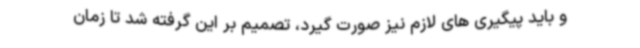
و باید پیگیری های لازم نیز صورت گیرد، تصمیم بر این گرفته شد تا زمان